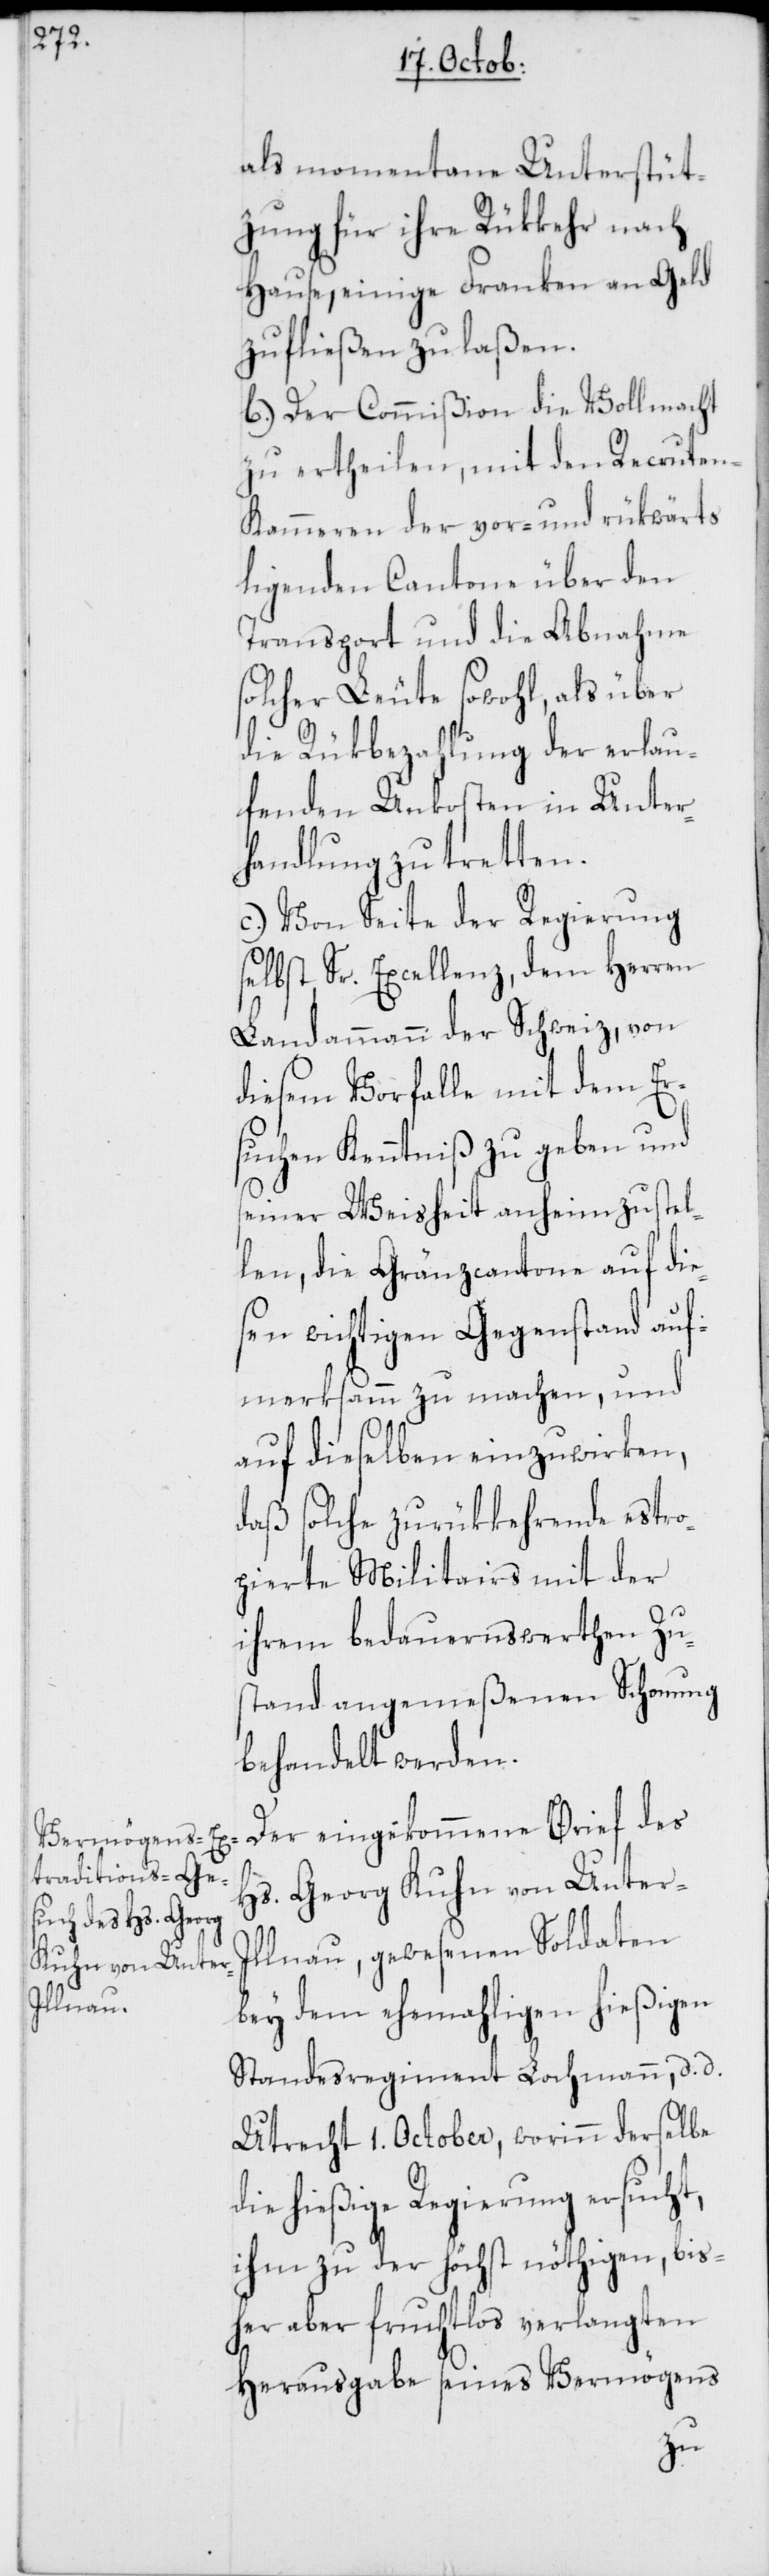
als momentane Unterstüt¬
zung für ihre Rükkehr nach
Hause, einige Franken an Geld
zufließen zu laßen.
b.) Der Commißion die Vollmacht
zu ertheilen, mit den Recrute¬
n-Kammeren der vor- und rükwärts
ligenden Cantone über den
Transport und die Abnahme
solcher Leute sowohl, als über
die Rükbezahlung der erlau¬
fenden Unkosten in Unter¬
handlung zu tretten.
c.) Von Seite der Regierung
selbst Sr. Excellenz, dem Herren
Landammann der Schweiz, von
diesem Vorfalle mit dem Er¬
suchen Kenntniß zu geben und
seiner Weisheit anheim zu stel¬
len, die Gränzcantone auf die¬
sen wichtigen Gegenstand auf¬
merksamm zu machen, und
auf dieselben einzuwirken,
daß solche zurükkehrende estro¬
pierte Militairs mit der
ihrem bedauernswerthen Zu¬
stand angemeßenen Schonung
behandelt werden.
Hs. Georg Kuhn von Unter-I¬
llnau, gewesenen Soldaten
bey dem ehemahligen hießigen
Standesregiment Lochmann, d. d.
Utrecht 1. October, worinn derselbe
die hießige Regierung ersucht,
ihm zu der höchst nöthigen, bis¬
her aber fruchtlos verlangten
Herausgabe seines Vermögens